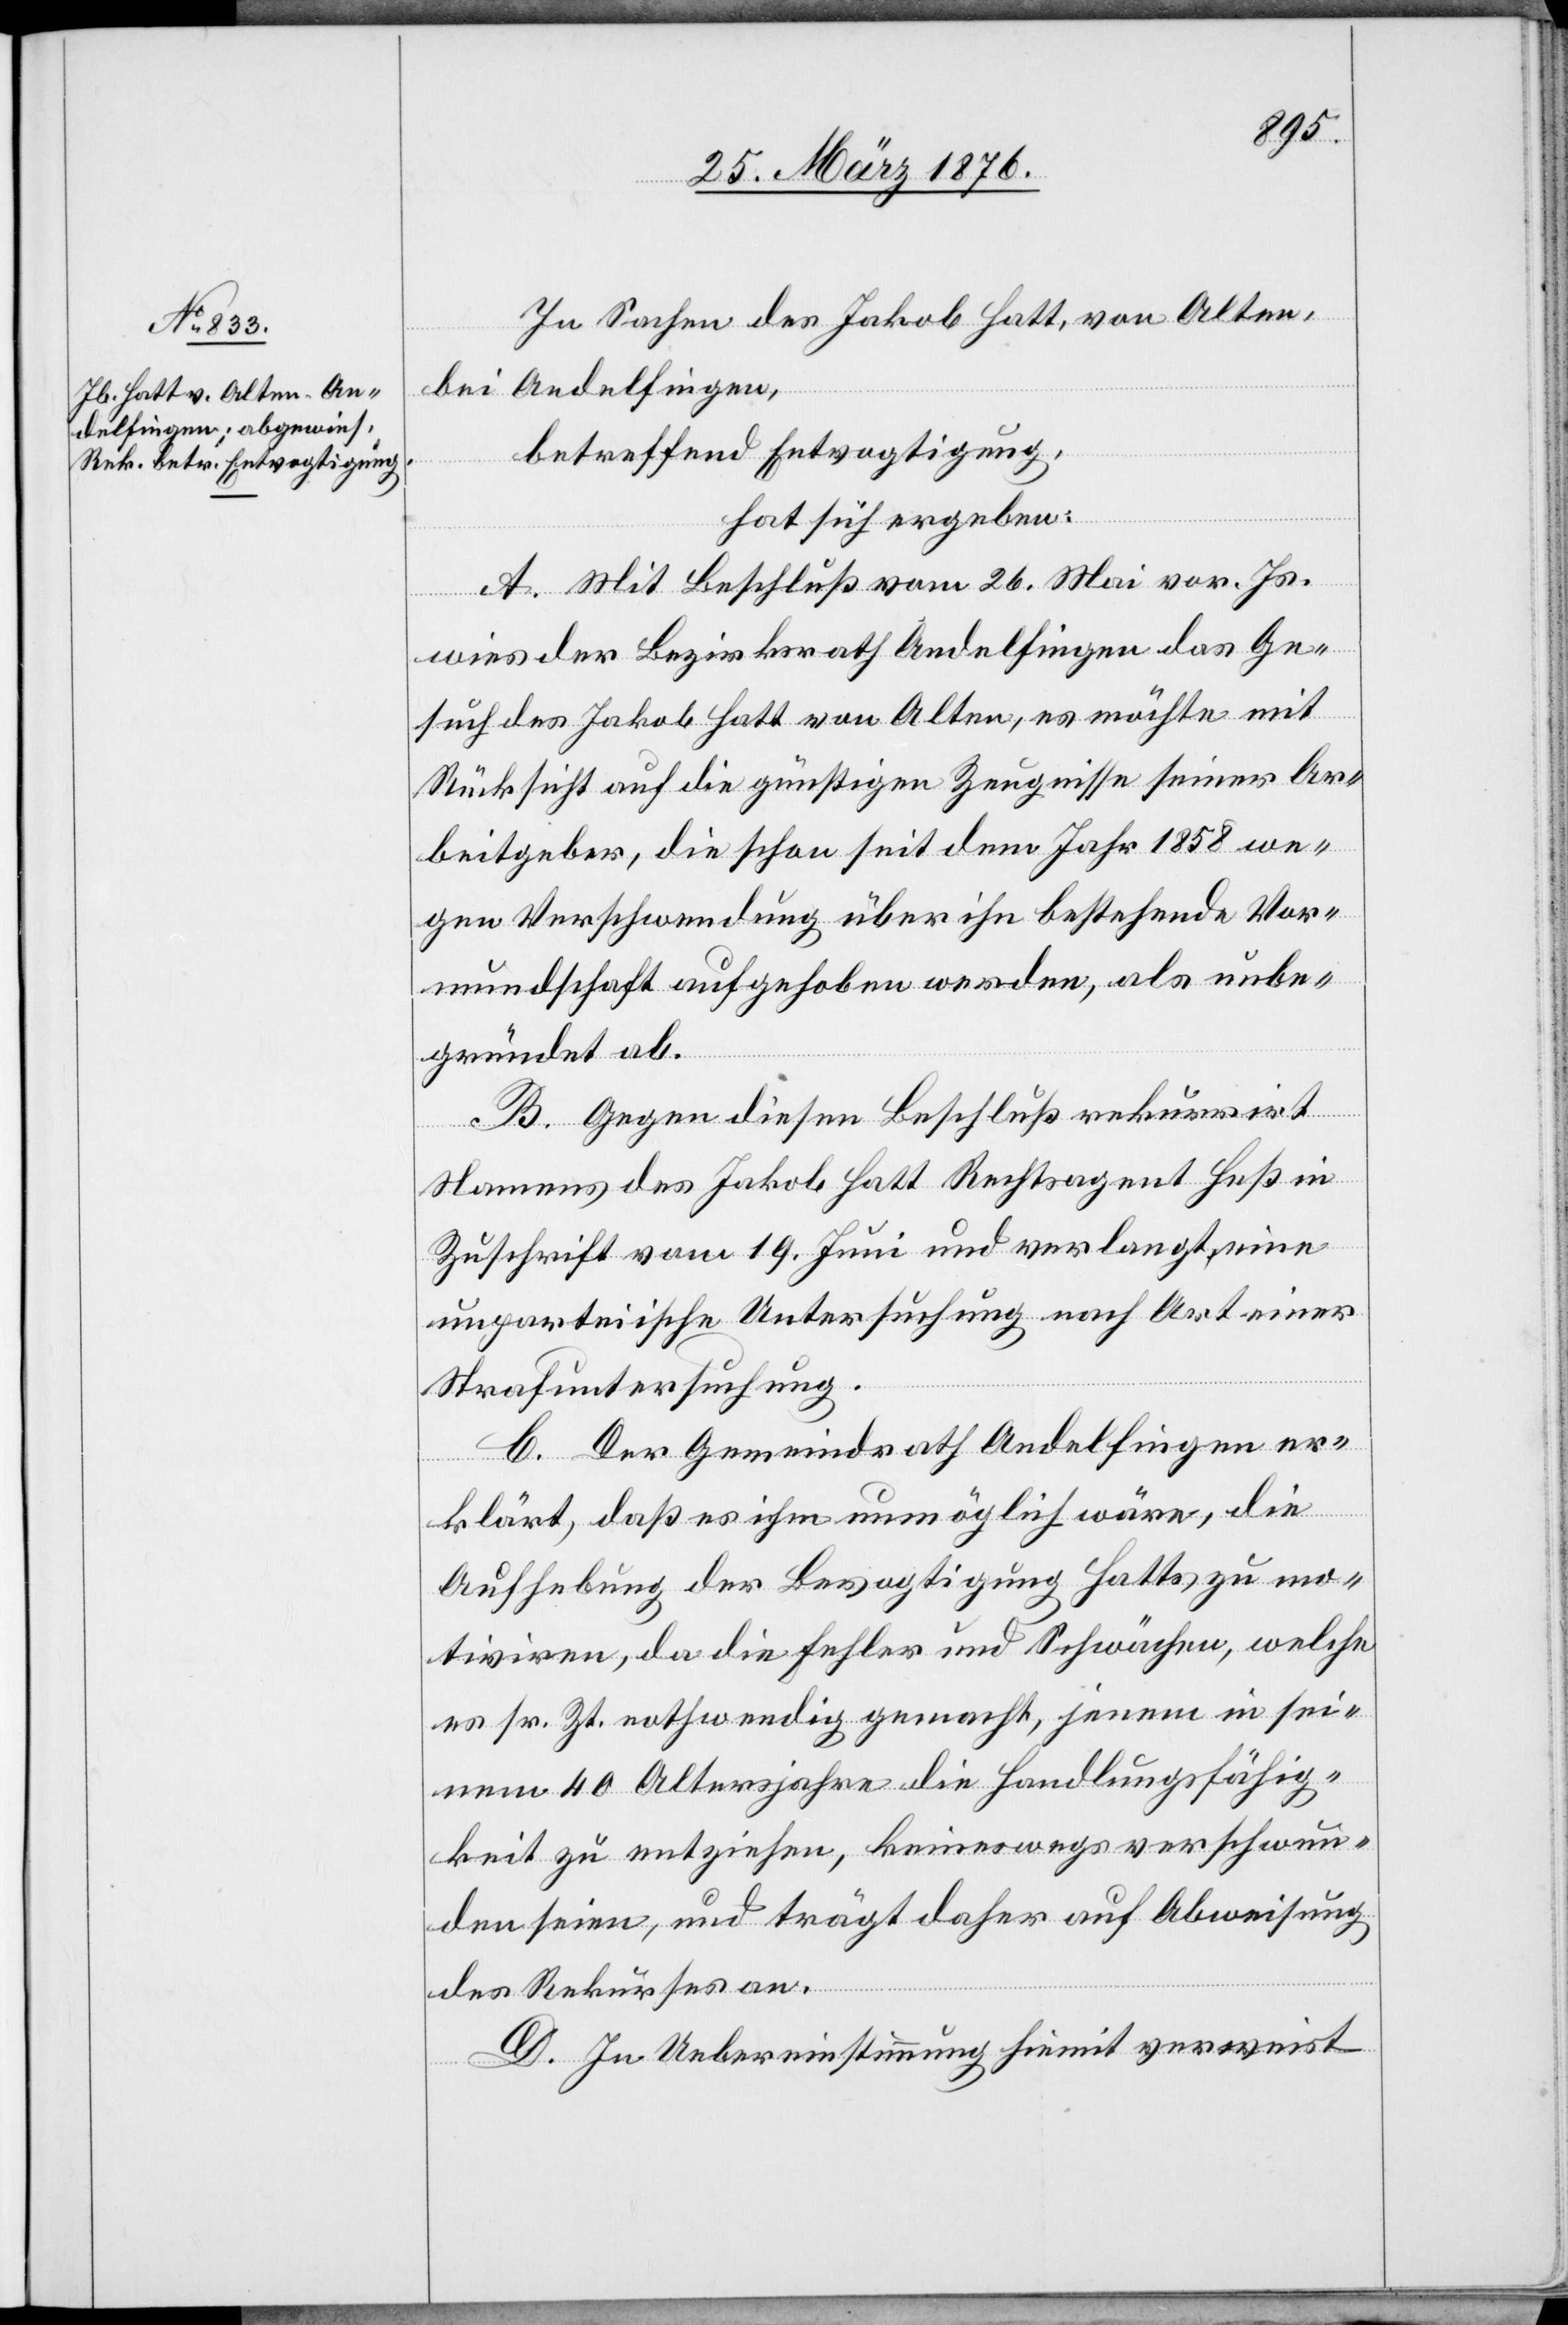
In Sachen des Jakob Hatt, von Alten,
bei Andelfingen,
betreffend Entvogtigung,
hat sich ergeben:
A. Mit Beschluß vom 26. Mai vor. Js.
wies der Bezirksrath Andelfingen das Ge¬
such des Jakob Hatt von Alten, es möchte mit
Rücksicht auf die günstigen Zeugnisse seiner Ar¬
beitgeber, die schon seit dem Jahr 1858 we¬
gen Verschwendung über ihn bestehende Vor¬
mundschaft aufgehoben werden, als unbe¬
gründet ab.
B. Gegen diesen Beschluß rekurrirt
Namens des Jakob Hatt Rechtsagent Heß in
Zuschrift vom 19. Juni und verlangt eine
unparteiische Untersuchung nach Art einer
Strafuntersuchung.
C. Der Gemeindrath Andelfingen er¬
klärt, daß es ihm unmöglich wäre, die
Aufhebung der Bevogtigung Hatts zu mo¬
tiviren, da die Fehler und Schwächen, welche
es sr. Zt. nothwendig gemacht, jenem in sei¬
nem 40[.] Altersjahre die Handlungsfähig¬
keit zu entziehen, keineswegs verschwun¬
den seien, und trägt daher auf Abweisung
des Rekurses an.
D. In Uebereinstimmung hiemit verweist